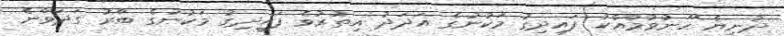
ދުނިޔެ ހޫނުވުމާއެކު ފައިދިގު މަކުނުގެ އަދަދު އިތުރުވެ ފައިދިގު މަކުނުގެ ބާރު ގަދަވާނެ